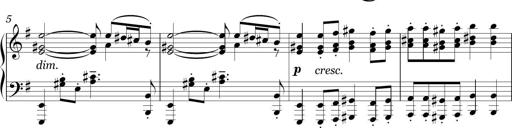
Title: Sonatina in E minor
Composer: Shuwen Zhang
Key: E minor